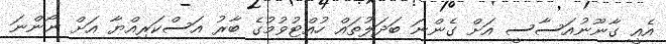
އެއީ ގާނޫނުއަސާސީ އަށް ގެންނަ ބަދަލުތައް ހުއްޓުވުުމުގެ ބާރު އަސްކަރިއްޔާ އަށް ނޯންނަ